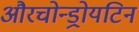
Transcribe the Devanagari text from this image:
औरचोन्ड्रोयटिन